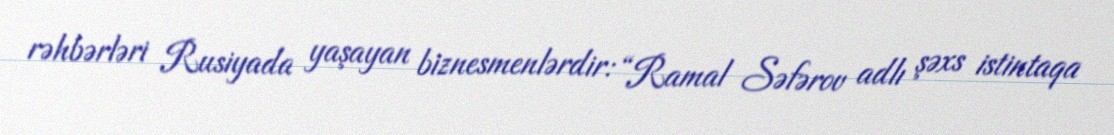
rəhbərləri Rusiyada yaşayan biznesmenlərdir: “Ramal Səfərov adlı şəxs istintaqa